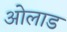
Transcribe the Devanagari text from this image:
ओलाड